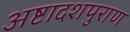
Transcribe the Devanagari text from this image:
अष्टादशपुराण